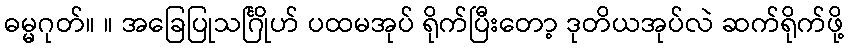
ဓမ္မဂုတ်။ ။ အခြေပြုသင်္ဂြိုဟ် ပထမအုပ် ရိုက်ပြီးတော့ ဒုတိယအုပ်လဲ ဆက်ရိုက်ဖို့